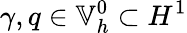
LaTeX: \gamma,q\in\mathbb{V}_{h}^{0}\subset H^{1}